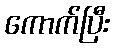
ကောက်ပြီး